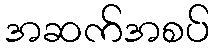
အဆက်အစပ်